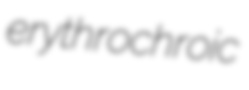
erythrochroic